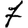
Digit: 7